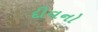
દીવનો